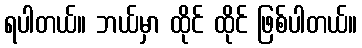
ရပါတယ်။ ဘယ်မှာ ထိုင် ထိုင် ဖြစ်ပါတယ်။